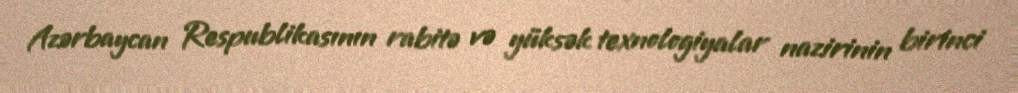
Azərbaycan Respublikasının rabitə və yüksək texnologiyalar nazirinin birinci